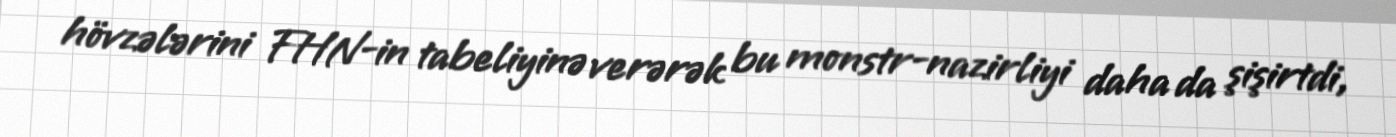
hövzələrini FHN-in tabeliyinə verərək bu monstr-nazirliyi daha da şişirtdi,